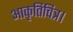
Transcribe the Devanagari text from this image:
आकृतिचित्र।